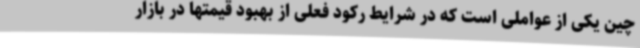
چین یکی از عواملی است که در شرایط رکود فعلی از بهبود قیمتها در بازار